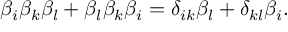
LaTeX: \beta _ { i } \beta _ { k } \beta _ { l } + \beta _ { l } \beta _ { k } \beta _ { i } = \delta _ { i k } \beta _ { l } + \delta _ { k l } \beta _ { i } .